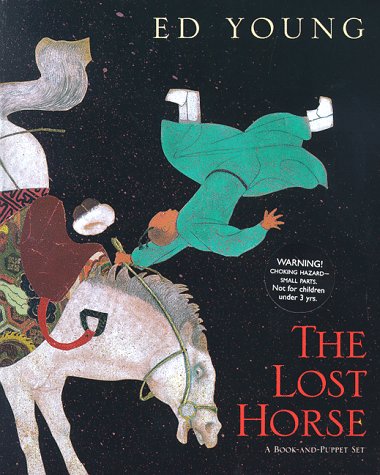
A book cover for The Lost Horse: A Chinese Folktale; Ed Young; Children's Books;